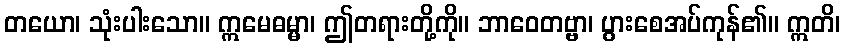
တယော၊ သုံးပါးသော။ ဣမေဓမ္မာ၊ ဤတရားတို့ကို။ ဘာဝေတဗ္ဗာ၊ ပွားစေအပ်ကုန်၏။ ဣတိ၊